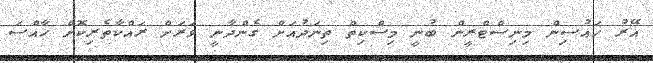
އޭރު ހައުސިން މިނިސްޓްރީން ބުނީ މިސްކިތް ތިނަދުއަށް ގެންދާނީ ވަރަށް ރައްކާތެރިކޮށް ހާއްސަ